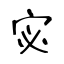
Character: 宓